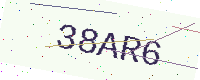
Text: 38AR6